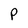
Character: P